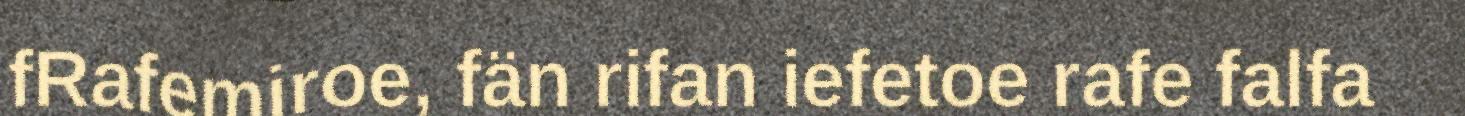
fRafemiroe, fän rifan iefetoe rafe falfa